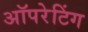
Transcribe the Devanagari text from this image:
अॉपरेटिंग